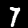
Digit: 7